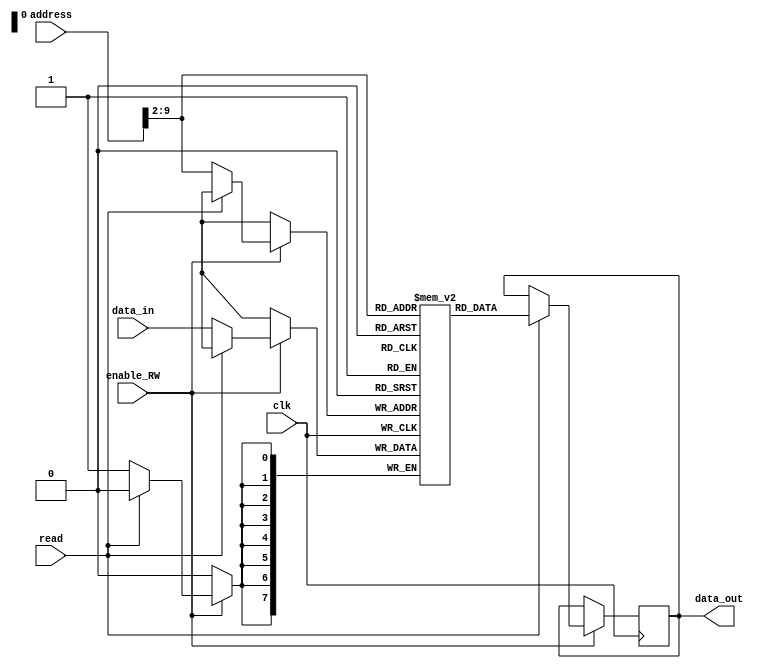
`timescale 1ns / 1ps
//////////////////////////////////////////////////////////////////////////////////
// Company: 
// Engineer: 
// 
// Design Name: 
// Module Name: RAM_Module
// Project Name: 
// Target Devices: 
// Tool Versions: 
// Description: 
// 
// Dependencies: 
// 
// Revision:
// Revision 0.01 - File Created
// Additional Comments:
// 
//////////////////////////////////////////////////////////////////////////////////


module RAM_Module(clk,read,enable_RW,address,data_in,data_out);


    parameter DATA_WIDTH=8;//length of each word
    parameter ADDRESS_WIDTH=10;
    parameter RAM_DEPTH=(2**(ADDRESS_WIDTH-2));//no_of locations
    
    //parameter MEM_INIT_FILE = "C:\Users\vamsi\Desktop\Main_Project_Code\Mem_block_init_file";//Memry initialization file parameter
    input clk;
    input read;
    input enable_RW;
    input [ADDRESS_WIDTH-1:0] address;
    input [DATA_WIDTH-1:0] data_in;
    output reg[DATA_WIDTH-1:0] data_out;
    
    //memory banks
    reg[7:0] mem [0:255];
    
/*    initial
    begin:Initialization_of_the_RAM_block
        *//*if (MEM_INIT_FILE != "") 
        begin
            $readmemh(MEM_INIT_FILE, mem);
        end*//*
        mem[3]=32'd13;
        mem[4]=32'd14;
        mem[5]=32'd15;
        mem[6]=32'd16;
        mem[7]=32'd17;
    end    
*/
    always@(posedge clk)
    begin
       if(enable_RW)
       begin
            if(read)
            begin
                data_out<=mem[address[9:2]];
            end
            else
            begin
                mem[address[9:2]]<=data_in;
            end
       end
    end

endmodule